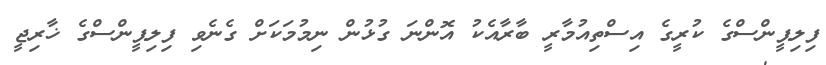
ފިލިޕީންސްގެ ކުރީގެ އިސްތިއުމާރީ ބާރާއެކު އޮންނަ ގުޅުން ނިމުމަކަށް ގެނެވި ފިލިޕީންސްގެ ޚާރިޖީ